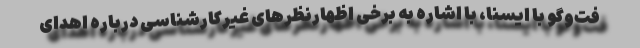
فت‌وگو با ایسنا، با اشاره به برخی اظهارنظرهای غیرکارشناسی درباره اهدای